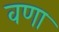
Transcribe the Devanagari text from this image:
वणा